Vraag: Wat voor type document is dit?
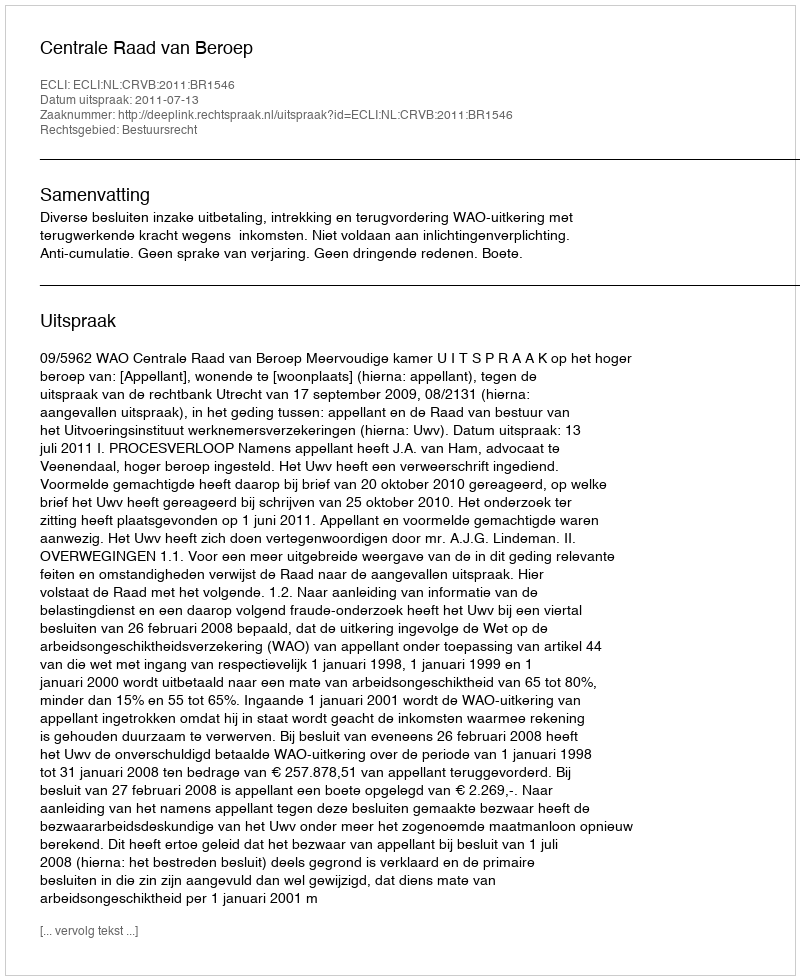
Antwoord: Uitspraak